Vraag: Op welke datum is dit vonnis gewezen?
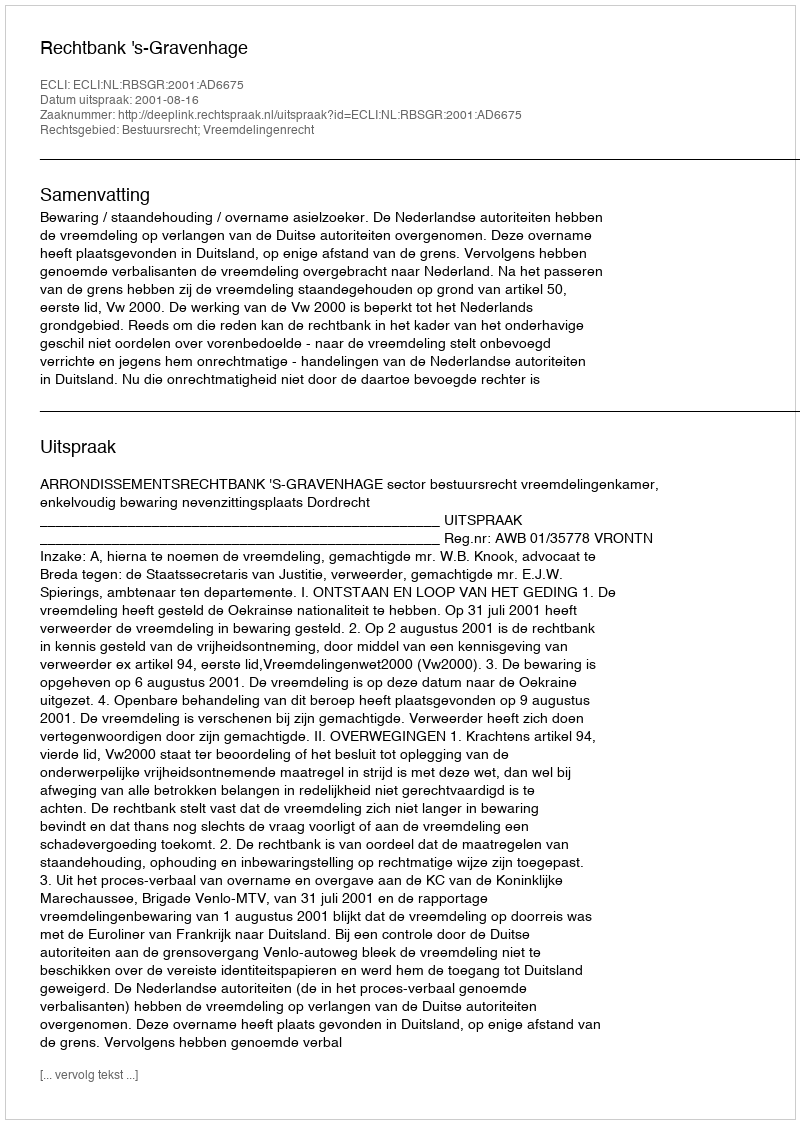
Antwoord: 2001-08-16